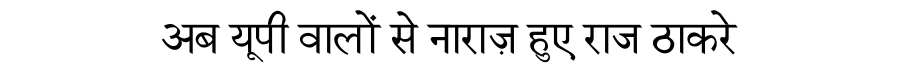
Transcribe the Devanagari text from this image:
अब यूपी वालों से नाराज़ हुए राज ठाकरे